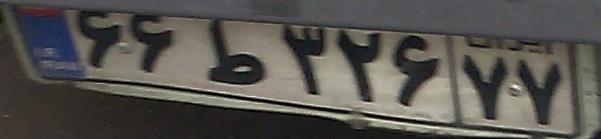
۶۶ط۳۲۶۷۷